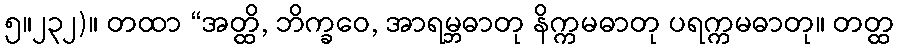
၅။၂၃၂)။ တထာ “အတ္ထိ, ဘိက္ခဝေ, အာရမ္ဘဓာတု နိက္ကမဓာတု ပရက္ကမဓာတု။ တတ္ထ